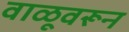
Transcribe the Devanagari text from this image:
वाळूवरून